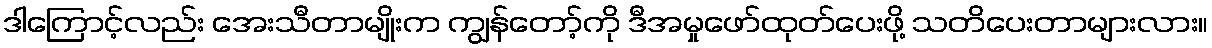
ဒါကြောင့်လည်း အေးသီတာမျိုးက ကျွန်တော့်ကို ဒီအမှုဖော်ထုတ်ပေးဖို့ သတိပေးတာများလား။